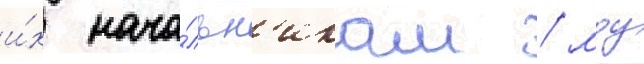
и́х нача́льн'икам / моу